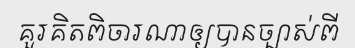
គួរគិតពិចារណាឲ្យបានច្បាស់ពី